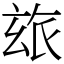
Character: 玈